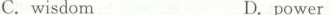
C.wisdomD. power